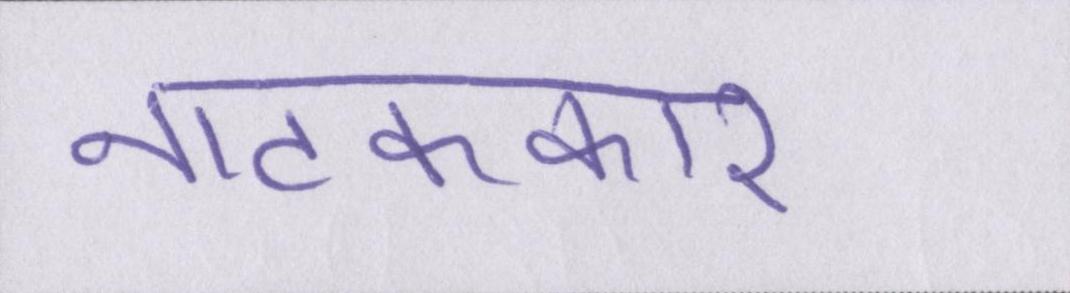
नाटककार